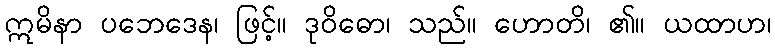
ဣမိနာ ပဘေဒေန၊ ဖြင့်။ ဒုဝိဓော၊ သည်။ ဟောတိ၊ ၏။ ယထာဟ၊